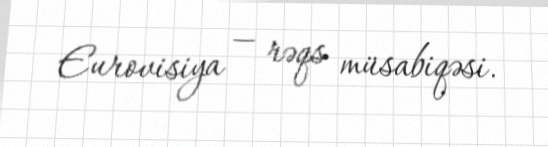
Eurovisiya — rəqs müsabiqəsi.